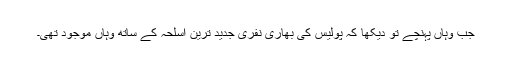
جب وہاں پہنچے تو دیکھا کہ پولیس کی بھاری نفری جدید ترین اسلحہ کے ساتھ وہاں موجود تھی۔